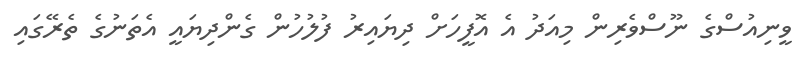
ވީނިއުސްގެ ނޫސްވެރިން މިއަދު އެ އޮފީހަށް ދިޔައިރު ފުލުހުން ގެންދިޔައީ އެތަނުގެ ތެރޭގައި